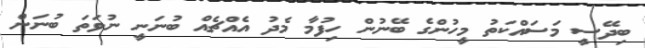
ބިދޭސީ މަސައްކަތު މީހުންގެ ބޭނުން ހިފުމާ މެދު އެއްޗެއް ބުނަނީ ނުވަތަ ބުނަން